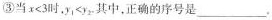
③当x<3时，y_{1|<y_{2|其中，正确的序号是_________。